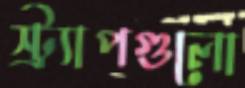
স্ট্র্যাপগুলো